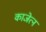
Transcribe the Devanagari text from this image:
काजेत्न